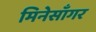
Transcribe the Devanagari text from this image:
मिनेसाँगर